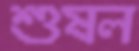
শুষল